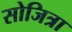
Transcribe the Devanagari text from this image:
सोजित्रा